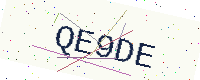
Text: QE9DE